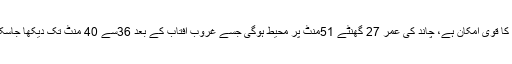
محکمہ موسمیات نے کہا تھا کہ عید الفطر کے چاند کی پیدائش ہوچکی ہے ، چاند نظر آنے کا قوی امکان ہے، چاند کی عمر 27 گھنٹے 51منٹ پر محیط ہوگی جسے غروب آفتاب کے بعد 36سے 40 منٹ تک دیکھا جاسکے گا تاہم کراچی میں مطلع ابر آلود ہے اس لیے کراچی میں چاند نظر آنے کا امکان کم ہے۔